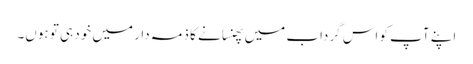
اپنے آپ کو اس گرداب میں پھنسانے کا ذمہ دار میں خود ہی تو ہوں۔